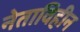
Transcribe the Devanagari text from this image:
नेताविहीन